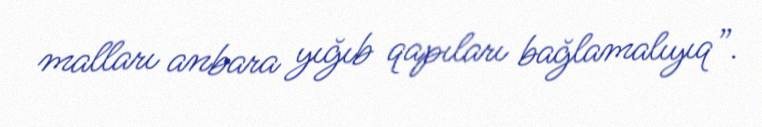
malları anbara yığıb qapıları bağlamalıyıq”.